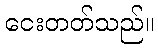
ငေးတတ်သည်။